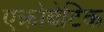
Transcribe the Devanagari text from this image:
एक्रोबेटिक